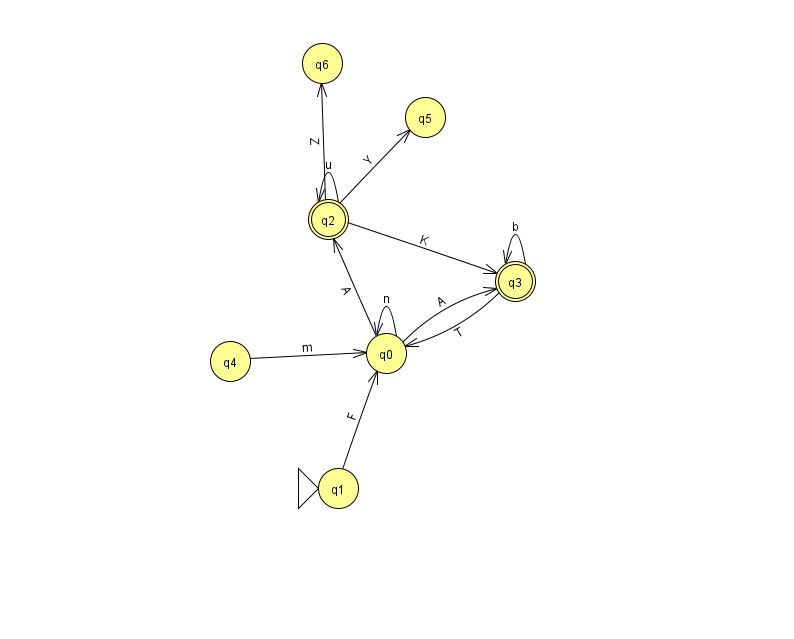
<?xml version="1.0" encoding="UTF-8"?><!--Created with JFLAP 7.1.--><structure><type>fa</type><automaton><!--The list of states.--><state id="0" name="q0"><x>386.0</x><y>340.0</y></state><state id="1" name="q1"><x>338.0</x><y>475.0</y><initial/></state><state id="2" name="q2"><x>328.0</x><y>206.0</y><final/></state><state id="3" name="q3"><x>515.0</x><y>268.0</y><final/></state><state id="4" name="q4"><x>230.0</x><y>348.0</y></state><state id="5" name="q5"><x>425.0</x><y>104.0</y></state><state id="6" name="q6"><x>322.0</x><y>50.0</y></state><!--The list of transitions.--><transition><from>1</from><to>0</to><read>F</read></transition><transition><from>3</from><to>3</to><read>b</read></transition><transition><from>0</from><to>3</to><read>A</read></transition><transition><from>2</from><to>5</to><read>Y</read></transition><transition><from>2</from><to>2</to><read>u</read></transition><transition><from>3</from><to>0</to><read>T</read></transition><transition><from>4</from><to>0</to><read>m</read></transition><transition><from>0</from><to>2</to><read>A</read></transition><transition><from>2</from><to>6</to><read>Z</read></transition><transition><from>0</from><to>0</to><read>n</read></transition><transition><from>2</from><to>3</to><read>K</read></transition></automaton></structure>